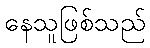
နေသူဖြစ်သည်